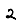
Digit: 2